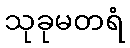
သုခုမတရံ